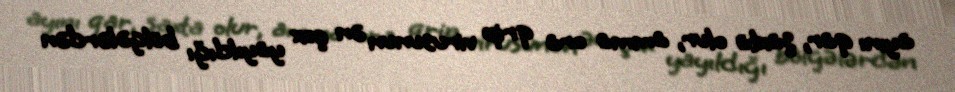
ayını qar, şaxta olur, amma ora qrip virusunun ən çox yayıldığı bölgələrdən